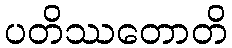
ပတိဿတောတိ